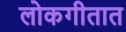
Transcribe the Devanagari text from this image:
लोकगीतात